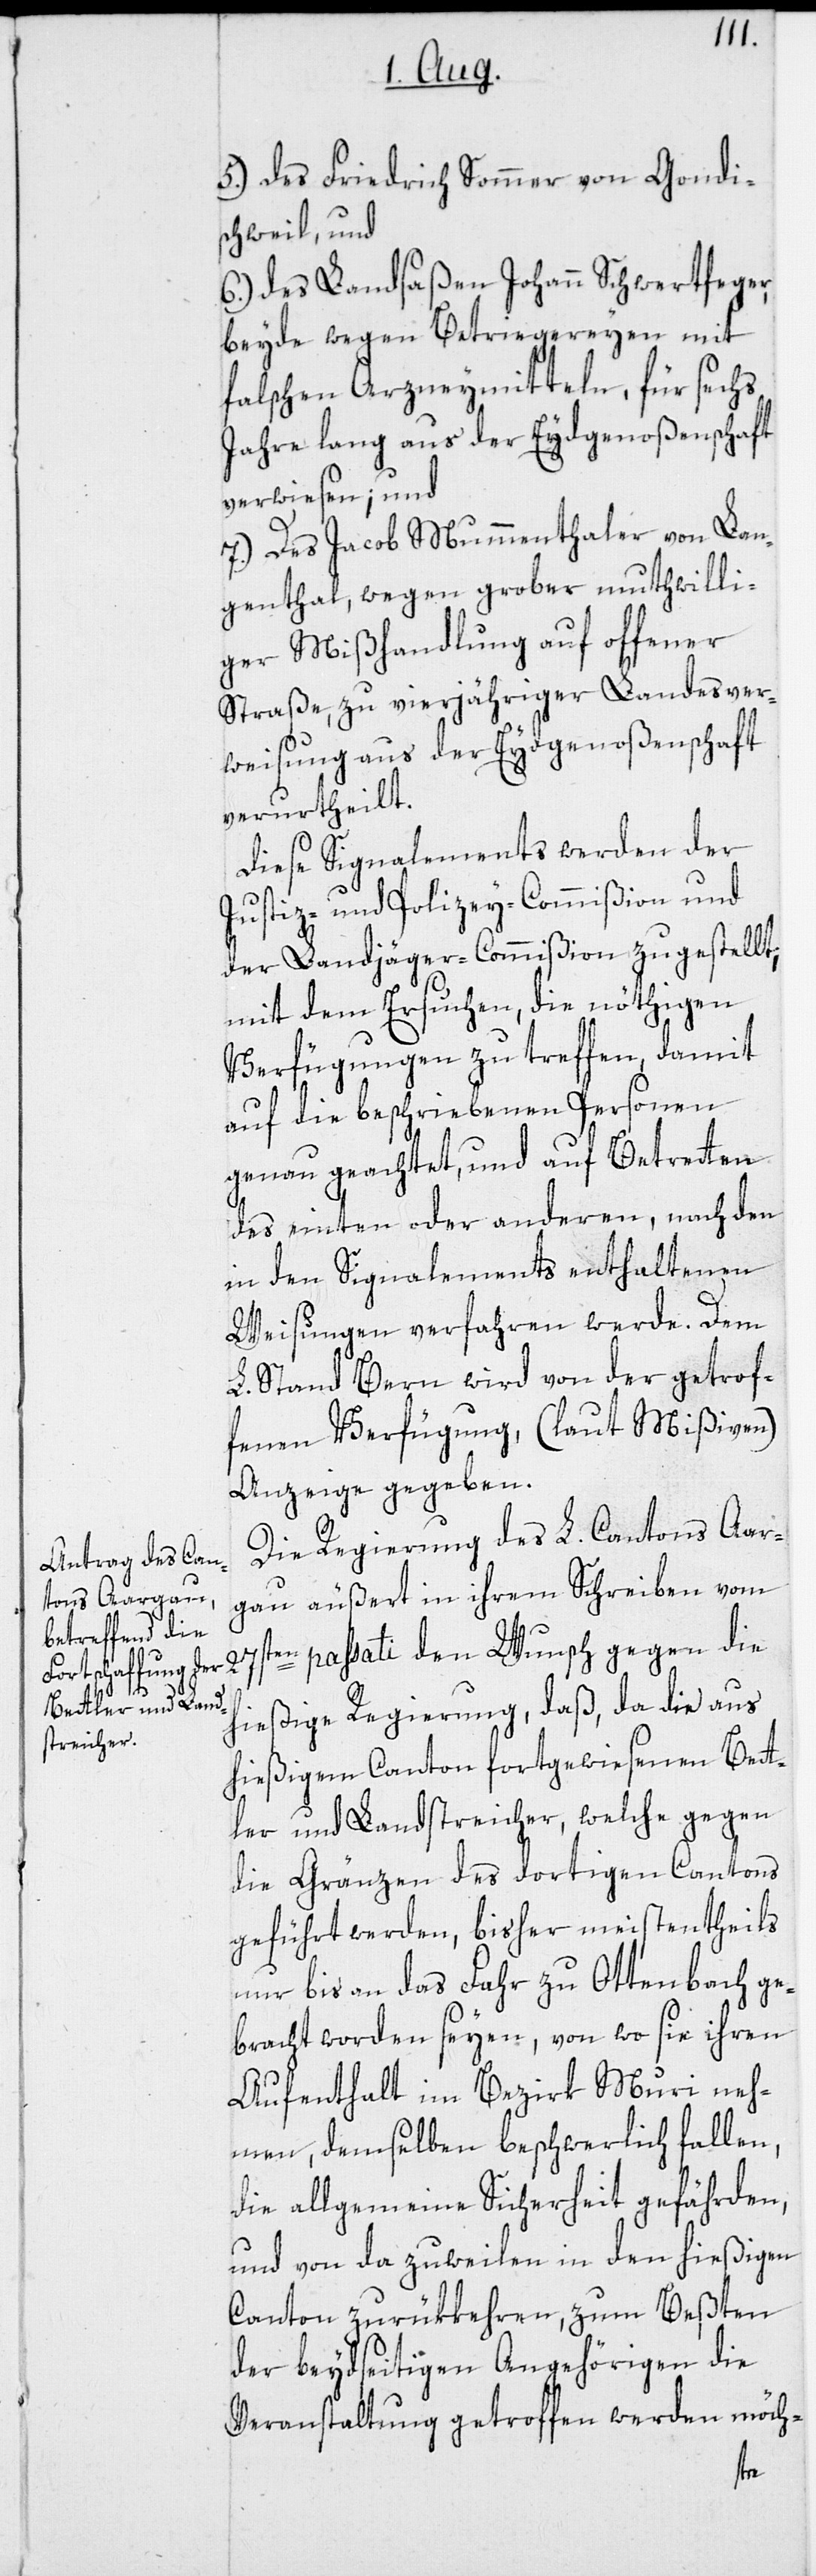
5.) Des Friedrich Sommer von Gondi¬
swil, und
6.) Des Landsaßen Johann Schwertfeger,
beyde wegen Betriegereyen mit
falschen Arzneymitteln, für sechs
Jahre lang aus der Eydgenoßenschaft
verwiesen; und
7.) Des Jacob Mummenthaler von Lan¬
genthal, wegen grober muthwilli¬
ger Mißhandlung auf offener
Straße, zu vierjähriger Landesver¬
weisung aus der Eydgenoßenschaft
verurtheilt.
Diese Signalements werden der
Justiz- und Polizey-Commißion und
der Landjäger-Commißion zugestellt;
mit dem Ersuchen, die nöthigen
Verfügungen zu treffen, damit
auf die beschriebenen Personen
genau geachtet, und auf Betretten
des einten oder anderen, nach den
in den Signalements enthaltenen
Weisungen verfahren werde. Dem
L. Stand Bern wird von der getrof¬
fenen Verfügung, (laut Mißiven)
Anzeige gegeben.
Die Regierung des L. Cantons Aar¬
gau äußert in ihrem Schreiben vom
hießige Regierung, daß, da die aus
hießigem Canton fortgewiesenen Bet¬
tler und Landstreicher, welche gegen
die Gränzen des dortigen Cantons
geführt werden, bisher meistentheils
nur bis an das Fahr zu Ottenbach ge¬
bracht worden seyen, von wo sie ihren
Aufenthalt im Bezirk Muri neh¬
men, demselben beschwerlich fallen,
die allgemeine Sicherheit gefährden,
und von da zuweilen in den hießigen
Canton zurükkehren, zum Beßten
der beydseitigen Angehörigen die
Veranstaltung getroffen werden möch-